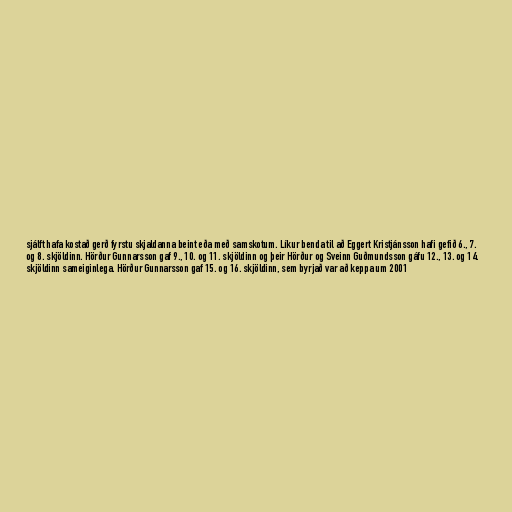
sjálft hafa kostað gerð fyrstu skjaldanna beint eða með samskotum. Líkur benda til að Eggert Kristjánsson hafi gefið 6., 7.
og 8. skjöldinn. Hörður Gunnarsson gaf 9., 10. og 11. skjöldinn og þeir Hörður og Sveinn Guðmundsson gáfu 12., 13. og 14.
skjöldinn sameiginlega. Hörður Gunnarsson gaf 15. og 16. skjöldinn, sem byrjað var að keppa um 2001